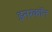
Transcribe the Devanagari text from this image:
इनरकॉन